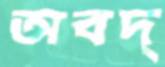
অবদ্